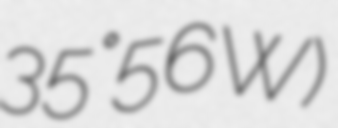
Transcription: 35°56′W)